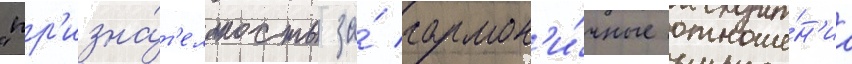
"пр'изна́т'ельность за́ гармон'и́чные отноше́н'иа